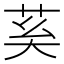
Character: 𦮐